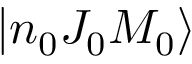
| n _ { 0 } J _ { 0 } M _ { 0 } \rangle